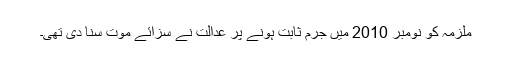
ملزمہ کو نومبر 2010 میں جرم ثابت ہونے پر عدالت نے سزائے موت سنا دی تھی۔